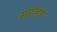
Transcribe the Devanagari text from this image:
संरोहण